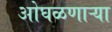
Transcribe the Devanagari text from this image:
ओघळणाऱ्या